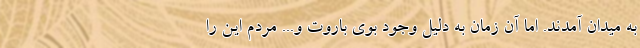
به میدان آمدند. اما آن زمان به دلیل وجود بوی باروت و... مردم این را